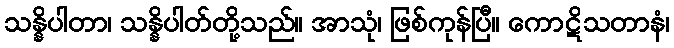
သန္နိပါတာ၊ သန္နိပါတ်တို့သည်။ အာသုံ၊ ဖြစ်ကုန်ပြီ။ ကောဋိသတာနံ၊